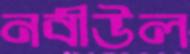
নবীউল